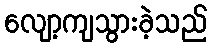
လျော့ကျသွားခဲ့သည်